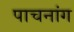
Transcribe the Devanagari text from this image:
पाचनांग